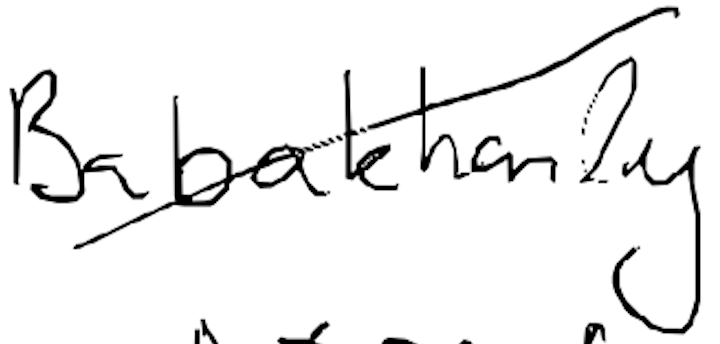
Text: Babakhanly
Cross-out: diagonal
Writing tool: digital_black